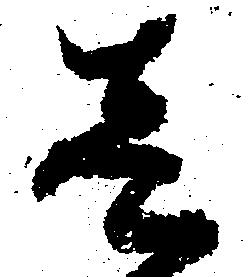
壱